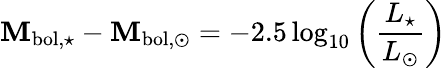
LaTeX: \mathbf{M}_{\mathrm{{bol,\star}}}-\mathbf{M}_{\mathrm{{bol,\odot}}}=-2.5\log_{10}\left({\frac{{L_{\star}}}{{L_{\odot}}}}\right)